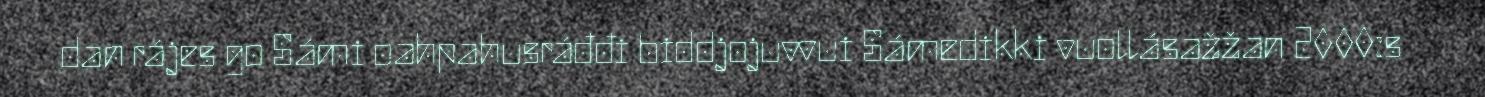
dan rájes go Sámi oahpahusráđđi biddjojuvvui Sámedikki vuollásažžan 2000:s